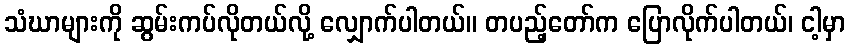
သံဃာများကို ဆွမ်းကပ်လိုတယ်လို့ လျှောက်ပါတယ်။ တပည့်တော်က ပြောလိုက်ပါတယ်၊ ငါ့မှာ